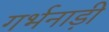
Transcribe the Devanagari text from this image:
गर्भनाड़ी